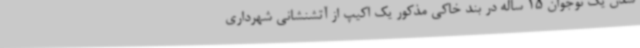
شدن یک نوجوان 15 ساله در بند خاکی مذکور یک اکیپ از آتشنشانی شهرداری